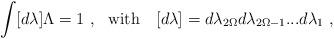
LaTeX: \begin{align*}\int[d\lambda]\Lambda=1 \ , \ \ \mbox{with} \ \ \ [d\lambda]=d\lambda_{2\Omega} d\lambda_{2\Omega-1} ... d\lambda_1\ ,\end{align*}